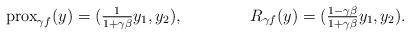
LaTeX: \begin{align*}{\rm{prox}}_{\gamma f}(y)&=(\tfrac{1}{1+\gamma\beta}y_1,y_2),&R_{\gamma f}(y)&=(\tfrac{1-\gamma\beta}{1+\gamma\beta}y_1,y_2).\end{align*}